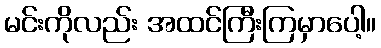
မင်းကိုလည်း အထင်ကြီးကြမှာပေါ့။